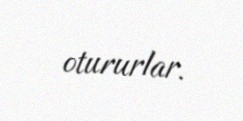
otururlar.